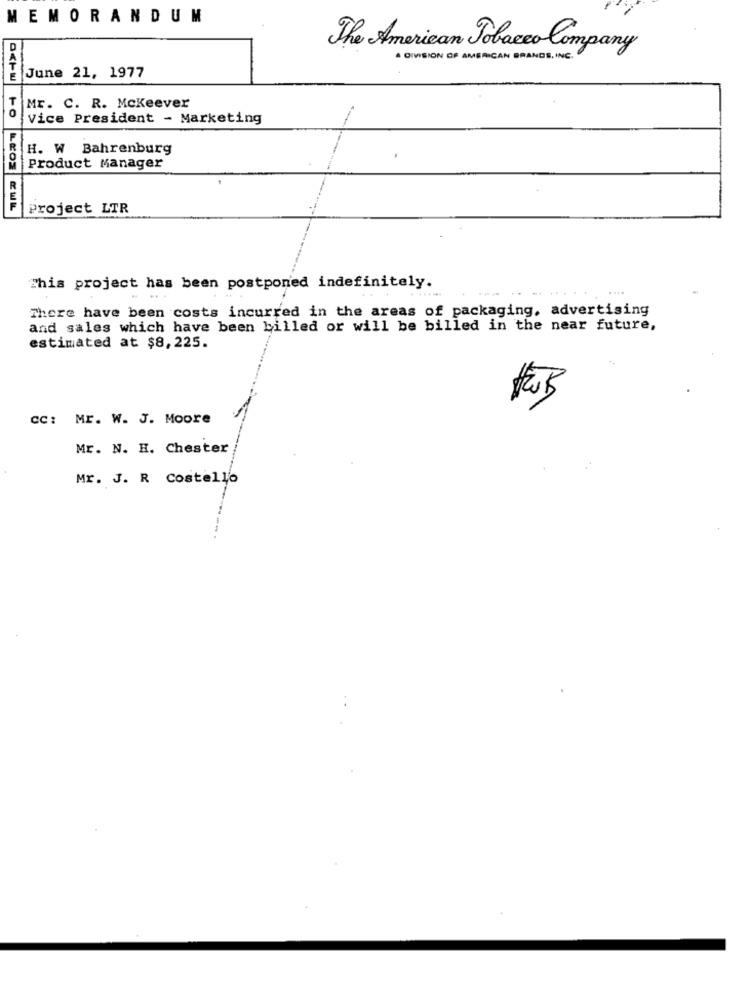
MEMORANDUM
D
The American Tobacco Company
. DIVISION OF AMERICAN BRANDS,INC.
June 21, 1977
ME. C. R. Mckeever
Vice President - Marketing
H. W Bahrenburg
Product Manager
Project LTR
This project has been postponed indefinitely.
....
There have been costs incurred in the areas of packaging, advertising
and sales which have been billed or will be billed in the near future,
estimated at $8,225.
cc: Mr. W. J. Moore
Mr. N. H. Chester
Mr. J. R Costello